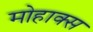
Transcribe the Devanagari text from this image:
मोहाक्स